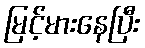
မြင့်မားနေပြီး